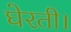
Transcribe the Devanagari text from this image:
घेरती।